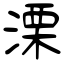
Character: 溧